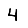
Digit: 4